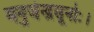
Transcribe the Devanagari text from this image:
मनुजेन्द्रसूनोः।